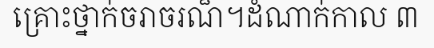
គ្រោះថ្នាក់ចរាចរណ៏។ដំណាក់កាល ៣